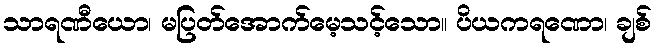
သာရဏီယော၊ မပြတ်အောက်မေ့သင့်သော။ ပိယကရဏော၊ ချစ်